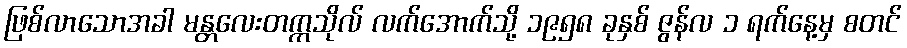
ဖြစ်လာသောအခါ မန္တလေးတက္ကသိုလ် လက်အောက်သို့ ၁၉၅၈ ခုနှစ် ဇွန်လ ၁ ရက်နေ့မှ စတင်